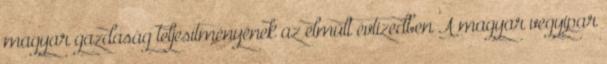
magyar gazdaság teljesítményének az elmúlt évtizedben A magyar vegyipar